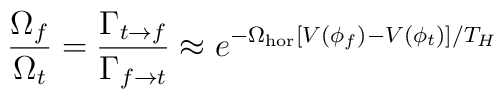
{ \Omega_f \over \Omega_t} =    {\Gamma_{t\rightarrow f} \over \Gamma_{f\rightarrow t}} \approx      e^{-\Omega_{\rm hor} [V(\phi_f) - V(\phi_t)]/T_H }